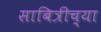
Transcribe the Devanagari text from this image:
साबित्रीच्या